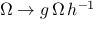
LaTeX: \Omega \rightarrow g \, \Omega \, h ^ { - 1 }